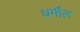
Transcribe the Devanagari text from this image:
धर्मील